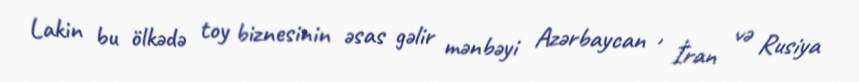
Lakin bu ölkədə toy biznesinin əsas gəlir mənbəyi Azərbaycan , İran və Rusiya